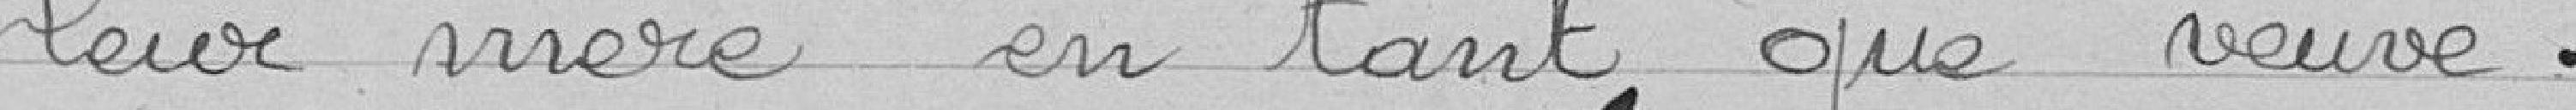
leur mère en tant que veuve.